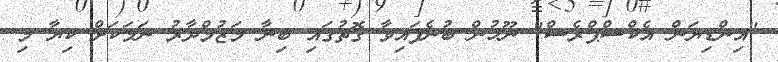
"އިންޑިޔަން އެކްސްޕްރެސް" ނޫހުން ބުނެފައިވާ ގޮތުގައި ބިނާ މަޒުމްދާރު ނަމަކަށް ކިޔާ މި